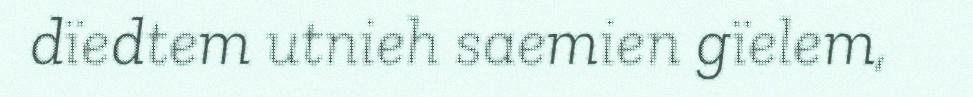
dïedtem utnieh saemien gïelem,